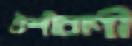
ঐশীবাণী